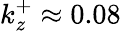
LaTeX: k_{z}^{+}\approx 0.08